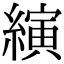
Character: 縯